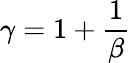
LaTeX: \gamma=1+\frac{1}{\beta}